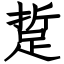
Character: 踅